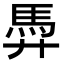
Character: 馵